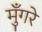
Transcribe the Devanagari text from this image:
मुँगरे